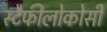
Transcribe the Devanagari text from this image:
स्टैफीलोकोसी